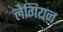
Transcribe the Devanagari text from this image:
लेगियन